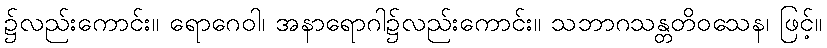
၌လည်းကောင်း။ ရောဂေဝါ၊ အနာရောဂါ၌လည်းကောင်း။ သဘာဂသန္တတိဝသေန၊ ဖြင့်။